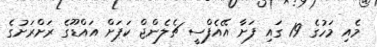
މެއި މަހުގެ 19 ގައި ފަށާ އޭއެފްސީ ޗެލެންޖް ކަޕަށް އައްޑޫގެ ރަށްރަށުގެ